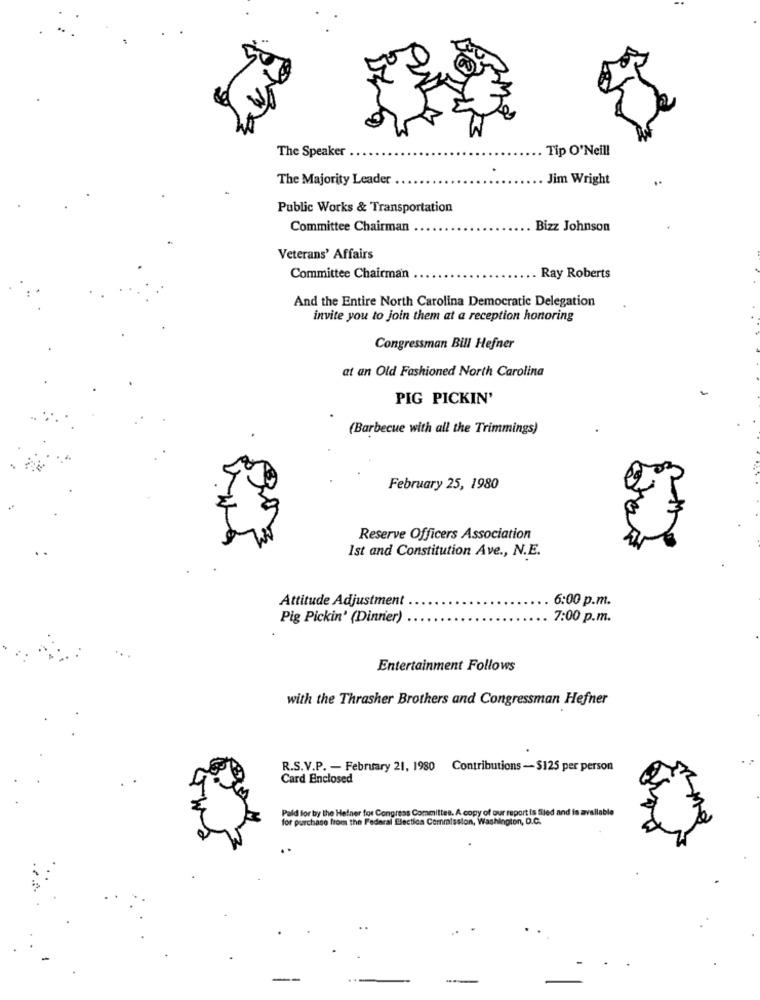
The Speaker
Tip O'Neill
The Majority Leader
Jim Wright
Public Works & Transportation
Committee Chairman
Bizz Johnson
Veterans' Affairs
Committee Chairman
Ray Roberts
And the Entire North Carolina Democratic Delegation
invite you to join them at a reception honoring
Congressman Bill Hefner
at an Old Fashioned North Carolina
PIG PICKIN'
(Barbecue with all the Trimmings)
February 25, 1980
Reserve Officers Association
Ist and Constitution Ave ., N.E.
Attitude Adjustment
6:00 p.m.
Pig Pickin' (Dinrier)
7:00 p.m.
Entertainment Follows
with the Thrasher Brothers and Congressman Hefner
R.S.V.P. - February 21, 1980 Contributions -$125 per person
Card Enclosed
Paid for by the Heiner for Congress Committee, A copy of our report is filed and is available
for purchase from the Federal Election Commission, Washington, D.C.
--